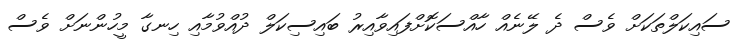
ސައިކަލްތަކަށް ވެސް ދެ ލޭނެއް ހާއްސަކޮށްފައިވާއިރު ބައިސިކަލް ދުއްވުމާއި ހިނގާ މީހުންނަށް ވެސް